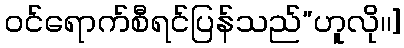
ဝင်ရောက်စီရင်ပြန်သည်”ဟူလို၊၊]